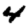
Digit: 4